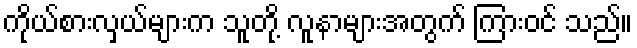
ကိုယ်စားလှယ်များက သူတို့ လူနာများအတွက် ကြားဝင် သည်။